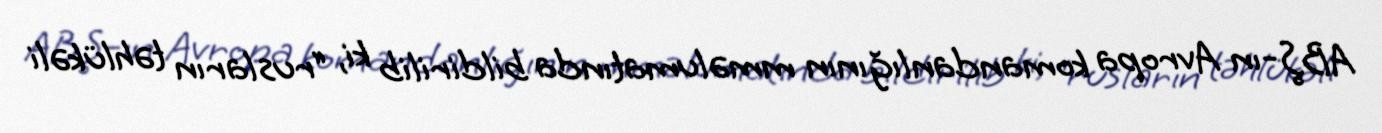
ABŞ-ın Avropa komandanlığının mməlumatında bildirilib ki, “rusların təhlükəli